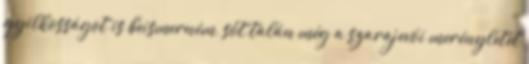
gyilkosságot is beismerném, sőt talán még a szarajevói merényletet